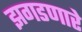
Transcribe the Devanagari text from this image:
झगडणारे